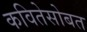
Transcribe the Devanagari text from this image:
कवितेसोबत